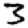
Digit: 3